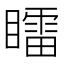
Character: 𥋸